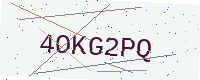
Text: 4OKG2PQ